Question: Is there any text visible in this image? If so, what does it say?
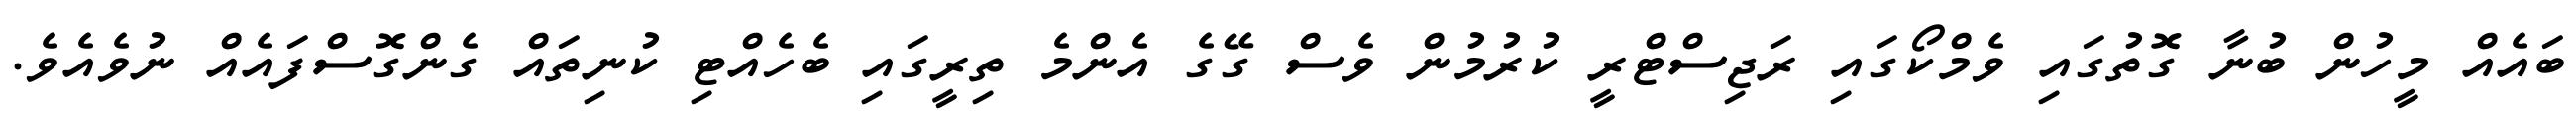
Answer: ބައެއް މީހުން ބުނާ ގޮތުގައި ވެމްކޯގައި ރަޖިސްޓްރީ ކުރުމުން ވެސް ގޭގެ އެންމެ ތިރީގައި ބެހެއްޓި ކުނިތައް ގެންގޮސްފައެއް ނުވެއެވެ.